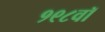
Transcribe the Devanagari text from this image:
१९८वॉ